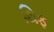
થિફ